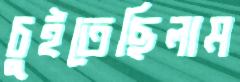
চুইতেছিলাম